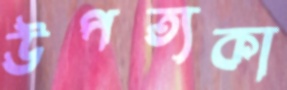
উপত্যকা